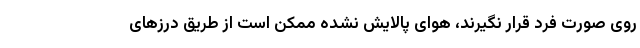
روی صورت فرد قرار نگیرند، هوای پالایش نشده ممکن است از طریق درزهای